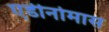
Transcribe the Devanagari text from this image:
एडीनोमास